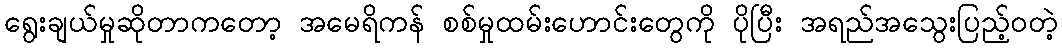
ရွေးချယ်မှုဆိုတာကတော့ အမေရိကန် စစ်မှုထမ်းဟောင်းတွေကို ပိုပြီး အရည်အသွေးပြည့်ဝတဲ့